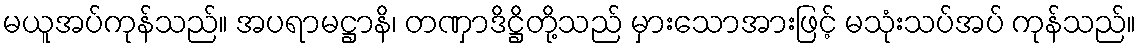
မယူအပ်ကုန်သည်။ အပရာမဋ္ဌာနိ၊ တဏှာဒိဋ္ဌိတို့သည် မှားသောအားဖြင့် မသုံးသပ်အပ် ကုန်သည်။